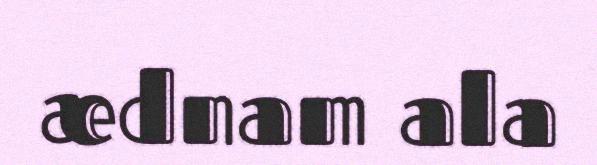
ædnam ala